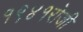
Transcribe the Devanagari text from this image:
१९४१रोजी